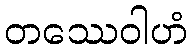
တဿေဝါဟံ